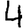
Digit: 4